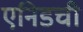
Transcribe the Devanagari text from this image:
एनिडची